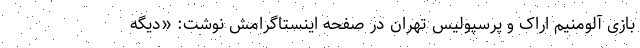
بازی آلومنیم اراک و پرسپولیس تهران در صفحه اینستاگرامش نوشت: «دیگه